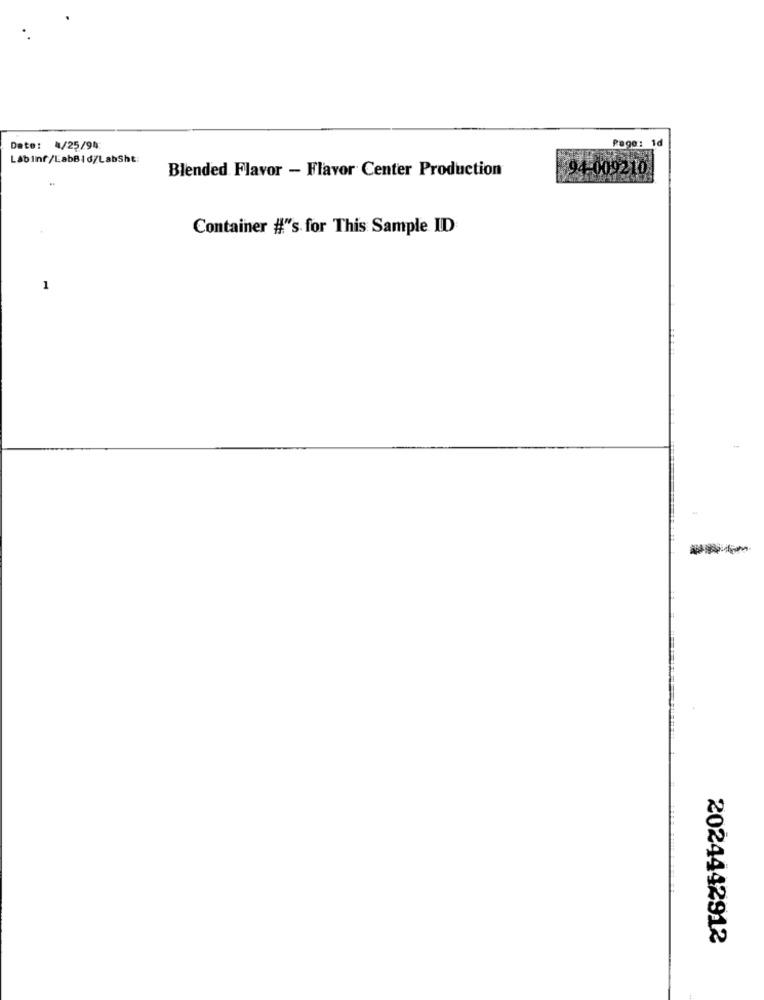
Date: 4/25/94
Page: 1
Labinf/LabBid/LabSht:
Blended Flavor - Flavor Center Production
94-009210
Container #"'s for This Sample ID
1
2024442912